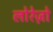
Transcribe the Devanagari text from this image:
लोरेज़ो